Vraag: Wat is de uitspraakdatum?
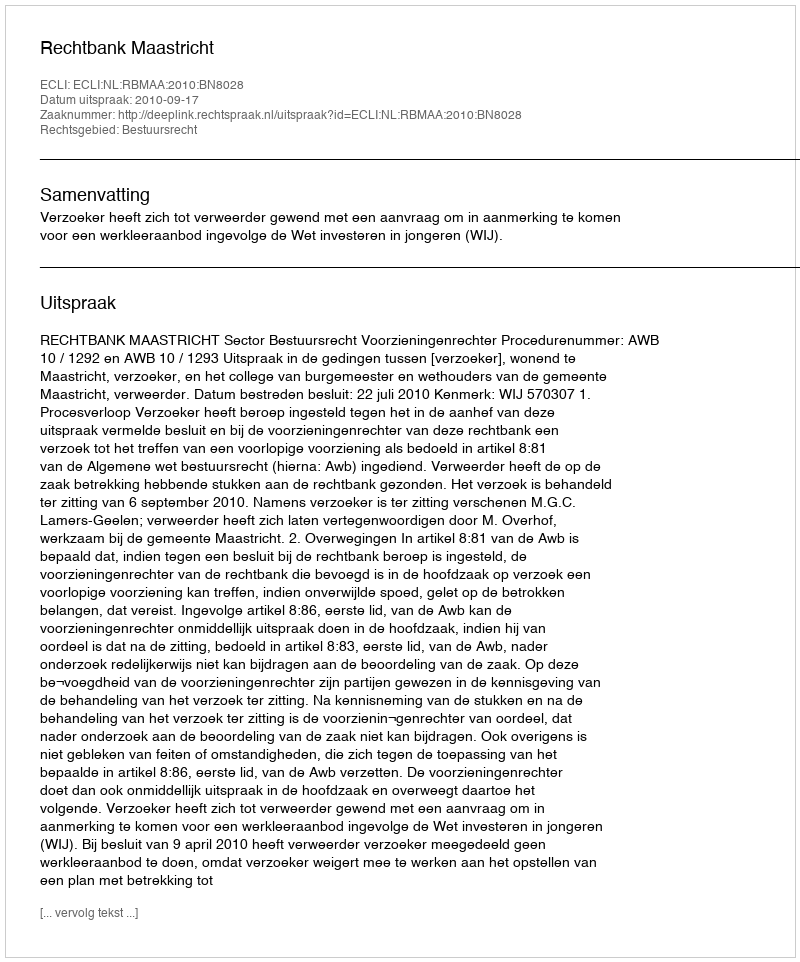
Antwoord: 2010-09-17